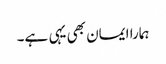
ہمارا ایمان بھی یہی ہے۔